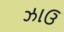
ઝાઉ